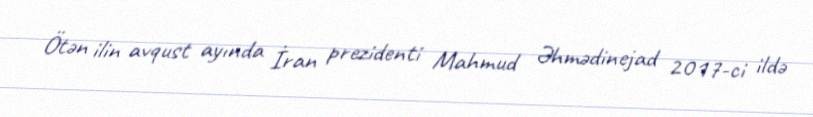
Ötən ilin avqust ayında İran prezidenti Mahmud Əhmədinejad 2017-ci ildə